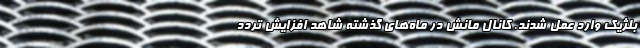
بلژیک وارد عمل شدند. کانال مانش در ماه‌های گذشته شاهد افزایش تردد